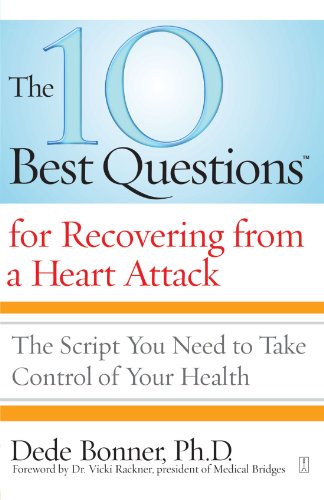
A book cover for The 10 Best Questions for Recovering from a Heart Attack: The Script You Need to Take Control of Your Health; Dede Bonner; Health, Fitness & Dieting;